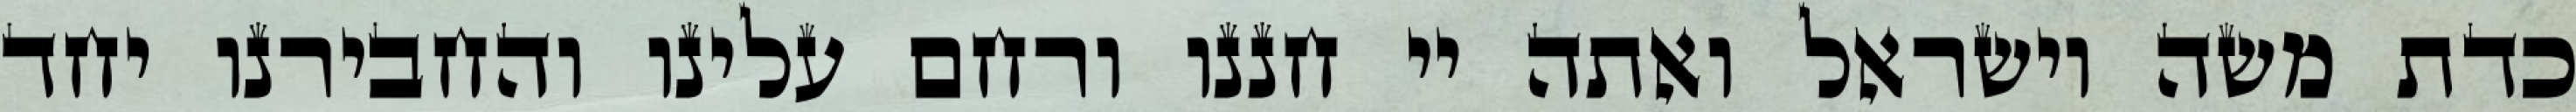
כדת משה וישראל ואתה יי חננו ורחם עלינו והחבירנו יחד